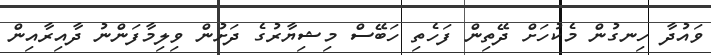
ވައުދާ ހިނގުން މެކުހަށް ދޭތިން ފަހެތި ހަބޭސް މިޝިޔާރުގެ ދަށުން ވިލިމާފަންނު ދާއިރާއިން